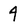
Character: 4